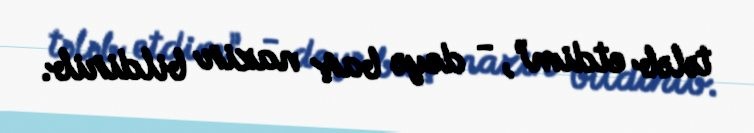
tələb etdim”, - deyə baş nazir bildirib.